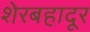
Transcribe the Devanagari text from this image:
शेरबहादूर